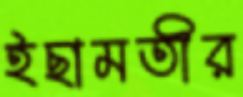
ইছামতীর